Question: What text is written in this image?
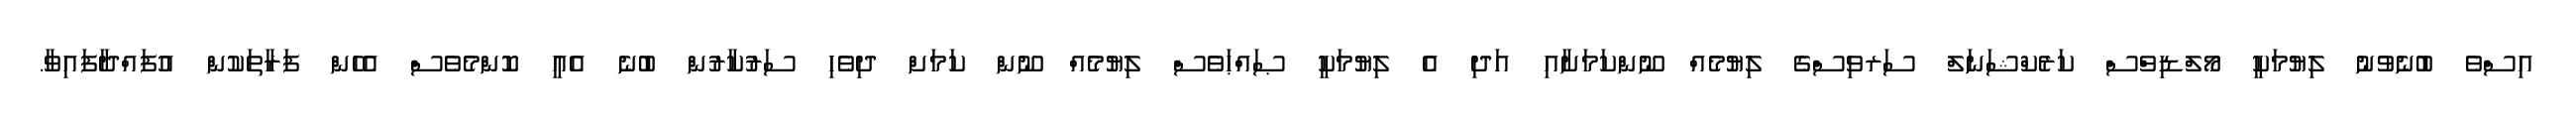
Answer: އިސްވެ ބުނެވުނު ލިޔުމަކީ މޯލްޑިވްސް ކަރެކްޝަނަލް ސަރވިސްގެ ލިޔުމެއް ނޫންކަމަށާއި އަދި އެ ލިޔުމަކީ ޞައްޙަވެސް ލިޔުމެއް ނޫން ކަމަށް ދިވެހި ސަރުކާރުން ބުނެ އެއީ ކޮންމެވެސް އެހެން ފަރާތަކުން އުފައްދާފައިވާ.